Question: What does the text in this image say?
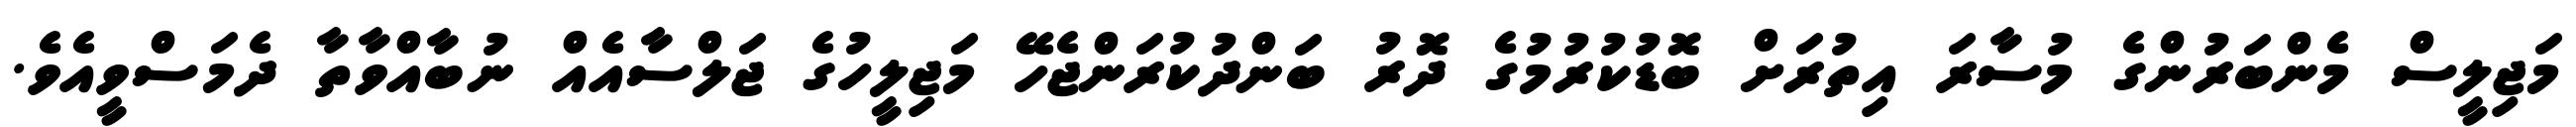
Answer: މަޖިލީސް މެންބަރުންގެ މުސާރަ އިތުރަށް ބޮޑުކުރުމުގެ ދޮރު ބަންދުކުރަންޖެހޭ މަޖިލީހުގެ ޖަލްސާއެއް ނުބާއްވާތާ ދެމަސްވީއެވެ.